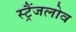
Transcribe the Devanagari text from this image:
स्ट्रैंजलोव